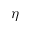
\eta